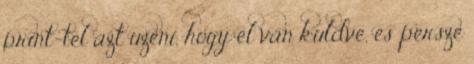
print-tel azt uzeni, hogy el van kuldve, es persze